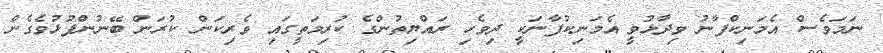
ނަމަވެސް އެމަނިކްފާނު ވިދާޅުވީ އެމަނިކުފާނަކީ ދިވެހި ރައްޔިތުންގެ ކުރިމަތީގައި ވެރިކަން ކުރަން ބޭނުންފުޅުވެގެން